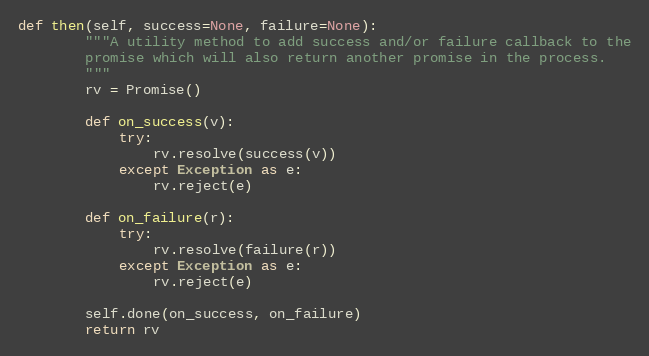
Language: Python
def then(self, success=None, failure=None):
        """A utility method to add success and/or failure callback to the
        promise which will also return another promise in the process.
        """
        rv = Promise()

        def on_success(v):
            try:
                rv.resolve(success(v))
            except Exception as e:
                rv.reject(e)

        def on_failure(r):
            try:
                rv.resolve(failure(r))
            except Exception as e:
                rv.reject(e)

        self.done(on_success, on_failure)
        return rv